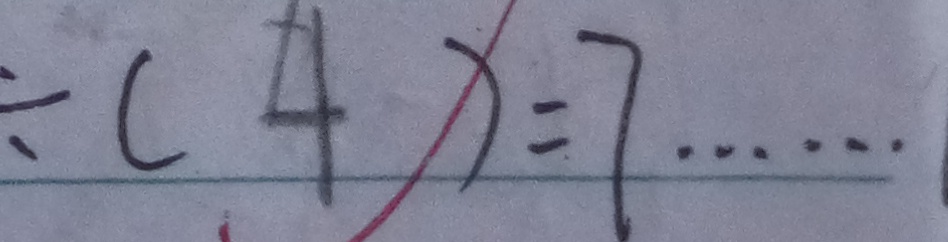
\div ( 4 ) = 7 \cdots